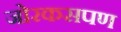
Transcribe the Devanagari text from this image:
जोरकसपण